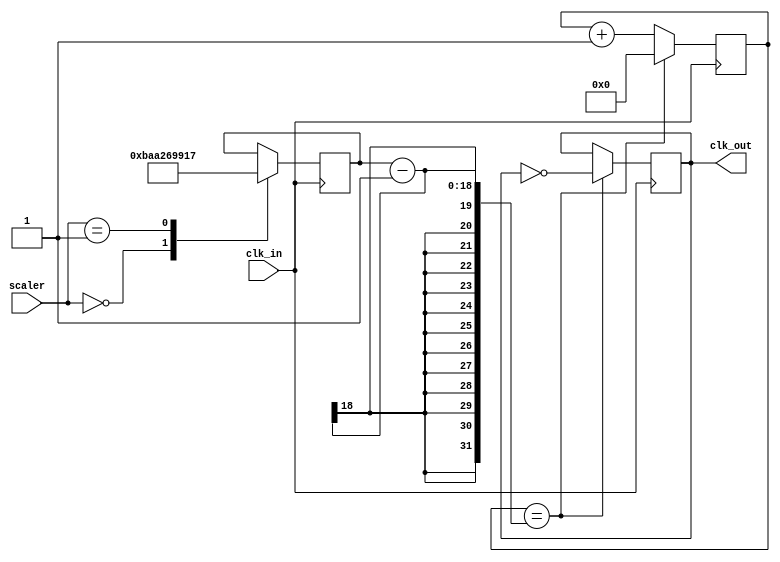
module div(clk_out,scaler,clk_in);
input wire [2:0]scaler;
input clk_in;
output clk_out;
reg clk1=0;
    reg [17:0] Do4 = 191113;
    reg [17:0] Re4	= 170263;
    reg [17:0] Mi4	= 151687;
    reg [17:0] Fa4	= 143173;
    reg [17:0] Sol4 = 127553;
    reg [17:0] La4	= 113637;
    reg [17:0] Si4	= 101239;
    reg[17:0] Do5	= 95557;
    reg [17:0] N	;
	 reg [17:0] divcounter;
    
always @(posedge clk_in)
 begin   
    case (scaler)
        000:N<=Do4;
        001:N<=Re4;
        010:N<=Mi4;
        011:N<=Fa4;
        100:N<=Sol4;
        101:N<=La4;
        110:N<=Si4;
        111:N<=Do5;
        endcase   

     if (divcounter == N - 1) 
        begin 
          clk1  <= ~clk1;
          divcounter <= 0;
        end
  else 
             divcounter <= divcounter + 1;
          
end

assign clk_out = clk1;

endmodule